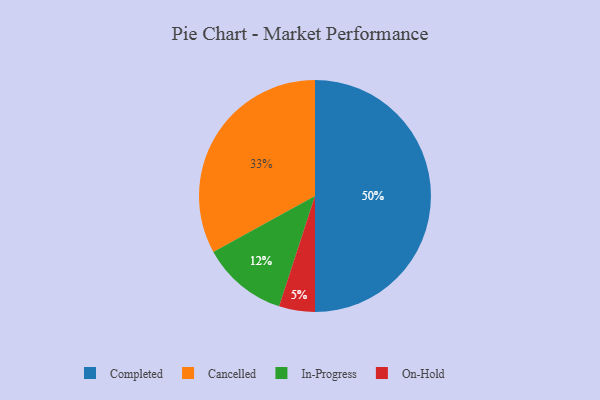
{"axis": {"x": "Category", "y": "Percentage"}, "legend": ["Cancelled", "Completed", "In-Progress", "On-Hold"], "data": [{"x": "In-Progress", "y": 12, "type": "In-Progress"}, {"x": "Cancelled", "y": 33, "type": "Cancelled"}, {"x": "On-Hold", "y": 5, "type": "On-Hold"}, {"x": "Completed", "y": 50, "type": "Completed"}]}